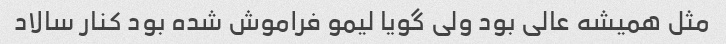
مثل همیشه عالی بود ولی گویا لیمو فراموش شده بود کنار سالاد